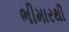
ભીમારથી